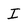
Character: I